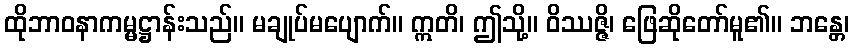
ထိုဘာဝနာကမ္မဋ္ဌာန်းသည်။ မချုပ်မပျောက်။ ဣတိ၊ ဤသို့။ ဝိဿဇ္ဇိ၊ ဖြေဆိုတော်မူ၏။ ဘန္တေ၊